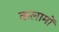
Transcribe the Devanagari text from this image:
कलामों